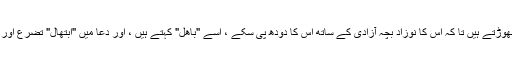
اور اسی وجہ سے جب کسی حیوان کو آزاد چھوڑتے ہیں تا کہ اس کا نوزاد بچہ آزادی کے ساتھ اس کا دودھ پی سکے ، اسے "باھل" کہتے ہیں ، اور دعا میں "ابتھال" تضرع اور خداوند متعال پر کام چھوڑنے کو کہتے ہیں۔